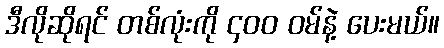
ဒီလိုဆိုရင် တစ်လုံးကို ၄၀၀ ဝမ်နဲ့ ပေးမယ်။